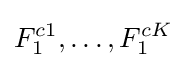
F_{1}^{c1},\dots ,F_{1}^{cK}